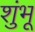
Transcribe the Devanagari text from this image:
शुंभू